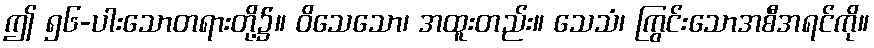
ဤ ၅၆-ပါးသောတရားတို့၌။ ဝိသေသော၊ အထူးတည်း။ သေသံ၊ ကြွင်းသောအစီအရင်ကို။